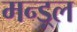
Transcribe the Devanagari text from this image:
मन्ड़्ल